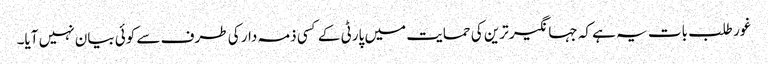
غور طلب بات یہ ہے کہ جہانگیر ترین کی حمایت میں پارٹی کے کسی ذمہ دار کی طرف سے کوئی بیان نہیں آیا۔